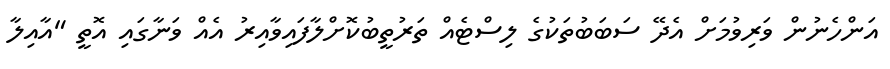
އަންހެނުން ވަރިވުމަށް އެދޭ ސަބަބުތަކުގެ ލިސްޓެއް ތަރުތީބުކޮށްލާފައިވާއިރު އެއް ވަނާގައި އޮތީ "އާއިލާ